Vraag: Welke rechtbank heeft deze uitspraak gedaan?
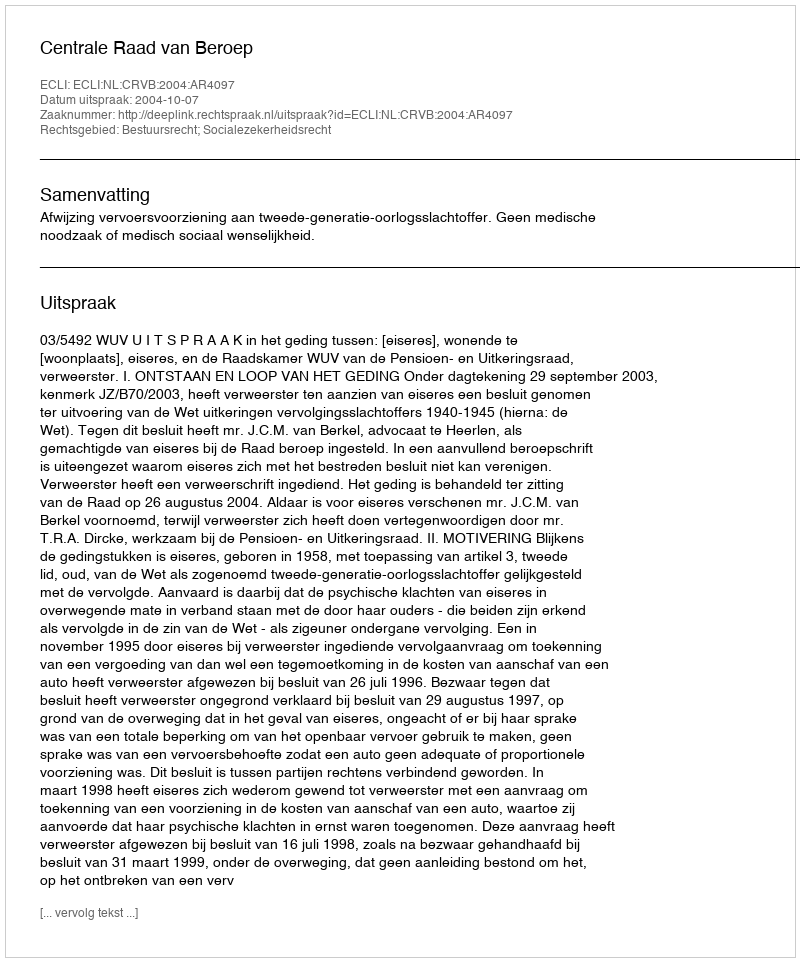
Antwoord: Centrale Raad van Beroep